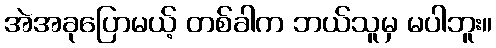
အဲအခုပြောမယ့် တစ်ခါက ဘယ်သူမှ မပါဘူး။